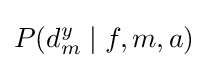
P(d_{m}^{y}\mid f,m,a)